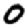
Digit: 0